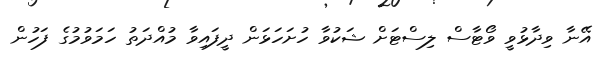
އޭނާ ވިދާޅުވީ ވޯޓާސް ލިސްޓަށް ޝަކުވާ ހުށަހަޅަން ދީފައިވާ މުއްދަތު ހަމަވުމުގެ ފަހުން